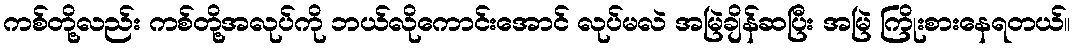
ကစ်တို့လည်း ကစ်တို့အလုပ်ကို ဘယ်လိုကောင်းအောင် လုပ်မလဲ အမြဲချိန်ဆပြီး အမြဲ ကြိုးစားနေရတယ်။